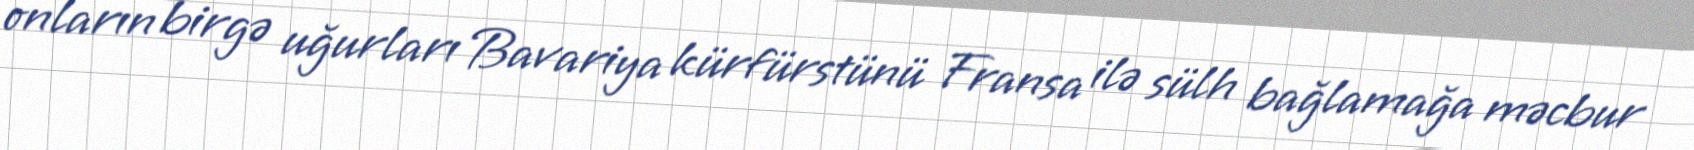
onların birgə uğurları Bavariya kürfürstünü Fransa ilə sülh bağlamağa məcbur